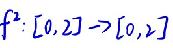
\(f^{2}:[0,2]\to[0,2]\)